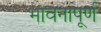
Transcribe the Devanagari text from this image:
भावनापूर्ण